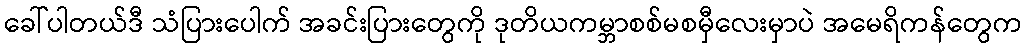
ခေါ်ပါတယ်ဒီ သံပြားပေါက် အခင်းပြားတွေကို ဒုတိယကမ္ဘာစစ်မစမှီလေးမှာပဲ အမေရိကန်တွေက